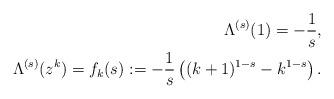
LaTeX: \begin{align*}\Lambda^{(s)}(1)=-\frac{1}{s}, \\ \ \ \Lambda^{(s)}(z^k) = f_k(s): = - \frac{1}{s} \left( (k+1)^{1-s} - k^{1-s}\right).\end{align*}